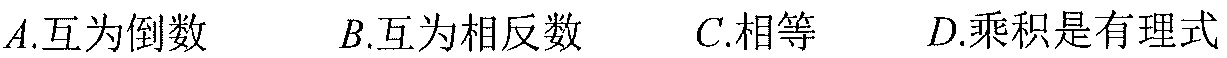
\(A\).互为倒数 \(\ \ \ B\).互为相反数 \(\ \ \ C\).相等 \(\ \ \ D\).乘积是有理式